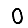
Digit: 0